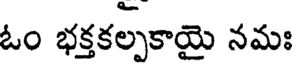
ఓం భక్తకల్పకాయై నమః